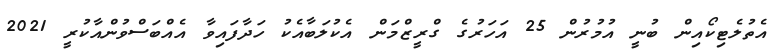
އެތުލެޓިކޯއިން ބުނީ އުމުރުން 25 އަހަރުގެ ގްރީޒްމަން އެކުލަބާއެކު ހަދާފައިވާ އެއްބަސްވުންއާކުރީ 2021